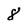
Character: 8